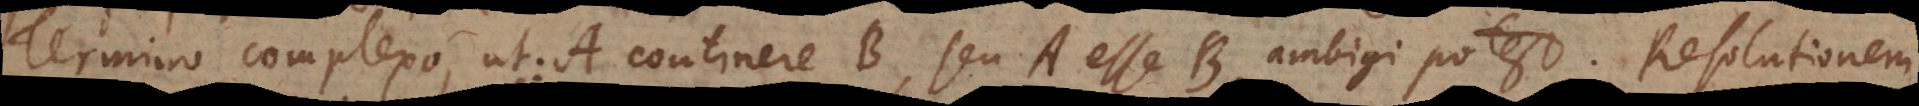
Termino complexo, ut: A continere B, seu A esse B, ambigi potest. Resolutionem